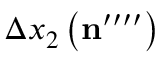
\Delta x _ { 2 } \left( \mathbf { n } ^ { \prime \prime \prime \prime } \right)